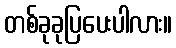
တစ်ခုခုပြပေးပါလား။